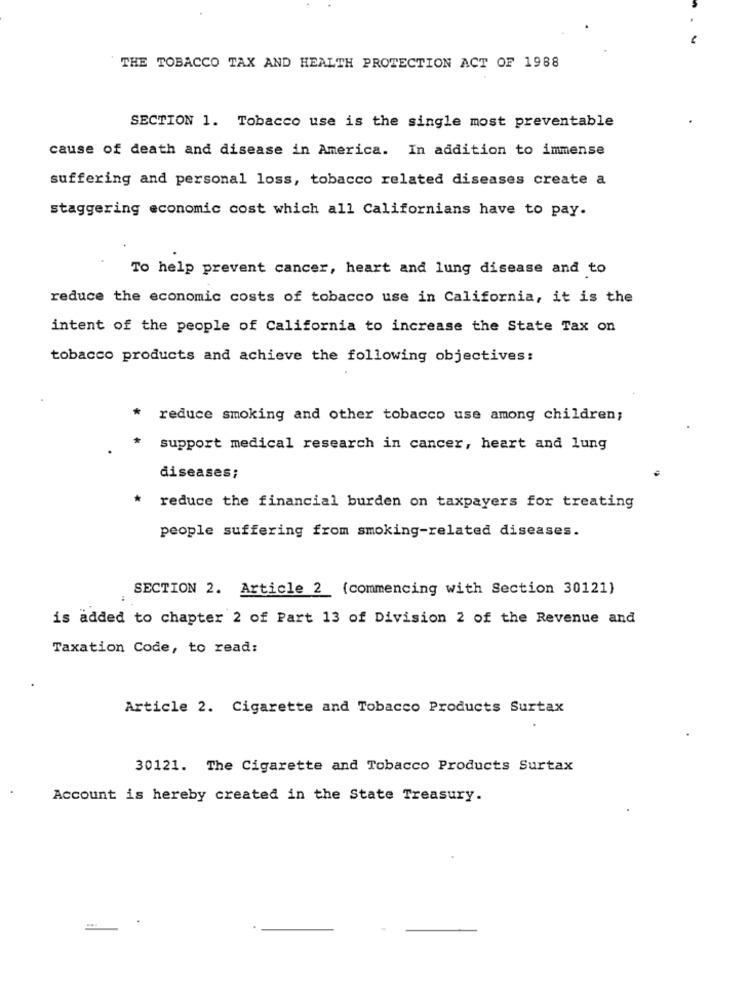
-
THE TOBACCO TAX AND HEALTH PROTECTION ACT OF 1988
SECTION 1. Tobacco use is the single most preventable
cause of death and disease in America. In addition to immense
suffering and personal loss, tobacco related diseases create a
staggering economic cost which all Californians have to pay.
To help prevent cancer, heart and lung disease and to
reduce the economic costs of tobacco use in California, it is the
intent of the people of California to increase the State Tax on
tobacco products and achieve the following objectives:
*
reduce smoking and other tobacco use among children;
support medical research in cancer, heart and lung
diseases;
reduce the financial burden on taxpayers for treating
people suffering from smoking-related diseases.
SECTION 2. Article 2 (commencing with Section 30121)
is added to chapter 2 of Part 13 of Division 2 of the Revenue and
Taxation Code, to read:
Article 2. Cigarette and Tobacco Products Surtax
30121. The Cigarette and Tobacco Products Surtax
Account is hereby created in the State Treasury.